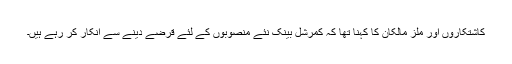
کاشتکاروں اور ملز مالکان کا کہنا تھا کہ کمرشل بینک نئے منصوبوں کے لئے قرضے دینے سے انکار کر رہے ہیں۔